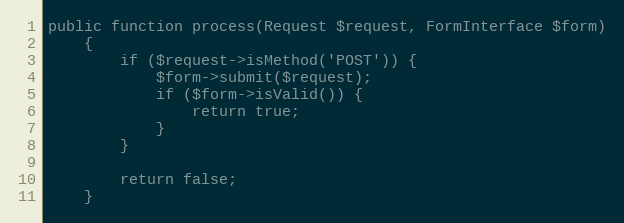
Language: PHP
public function process(Request $request, FormInterface $form)
    {
        if ($request->isMethod('POST')) {
            $form->submit($request);
            if ($form->isValid()) {
                return true;
            }
        }

        return false;
    }